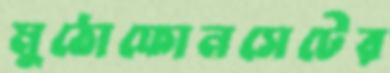
মুঠোফোনসেটের